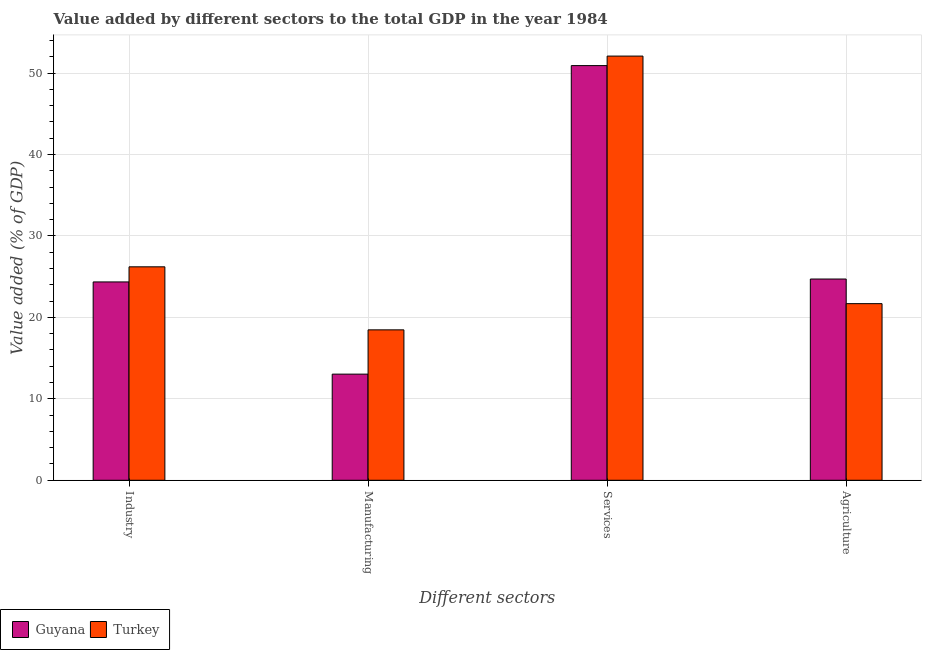
| Different sectors | Guyana | Turkey |
 | --- | --- | --- |
 | Industry | 24.4 | 26.2 |
 | Manufacturing | 13 | 18.5 |
 | Services | 50.9 | 52.1 |
 | Agriculture | 24.7 | 21.7 |